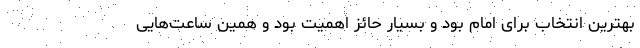
بهترین انتخاب برای امام بود و بسیار حائز اهمیت بود و همین ساعت‌هایی